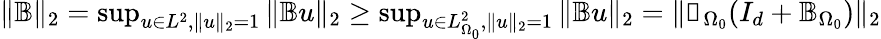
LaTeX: \begin{array}{r}{\| \mathbb{B}\| _{2}=\operatorname*{sup}_{u\in L^{2},\| u\| _{2}=1}\| \mathbb{B}u\| _{2}\geq\operatorname*{sup}_{u\in L_{\Omega_{0}}^{2},\| u\| _{2}=1}\| \mathbb{B}u\| _{2}=\| \mathbb{1}_{\Omega_{0}}(I_{d}+\mathbb{B}_{\Omega_{0}})\| _{2}}\end{array}